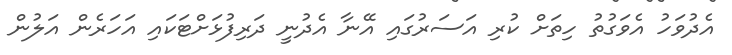
އެދުވަހު އެވަގުތު ހިތަށް ކުރި އަސަރުގައި އޭނާ އެދުނީ ދަރިފުޅަށްޓަކައި އަހަރެން އަލުން